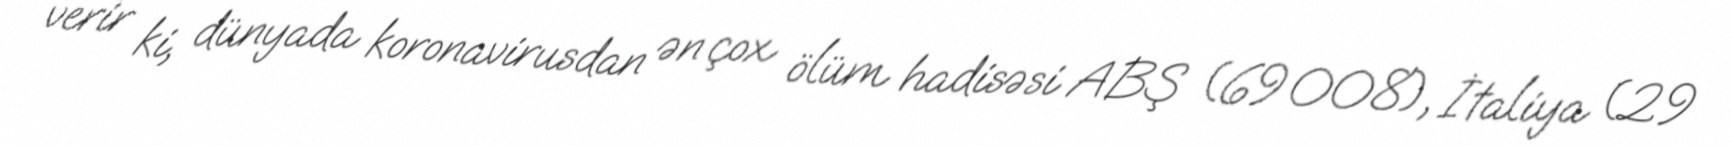
verir ki, dünyada koronavirusdan ən çox ölüm hadisəsi ABŞ (69 008), İtaliya (29